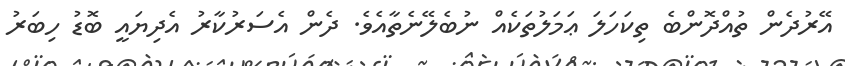
އޭރުދެން ތުއްދޮންބެ ތިކަހަލަ ޢަމަލުތަކެއް ނުބެލޭނެތާއެވެ. ދެން އެސަރުކާރު އެދިޔައީ ބޮޑު ހިބަރު